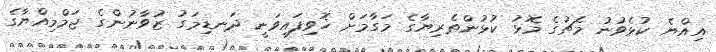
އިއްޔެ ކުޅެވުނު މެޗުގެ މޮޅު ކުޅުންތެރިޔާގެ މަގާމަށް ހޮވިފައިވަނީ ދަނޑިމަގު ޒުވާނުންގެ ޖަމްމިއްޔާގެ